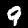
Digit: 9